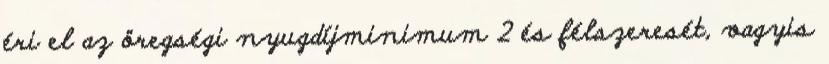
éri el az öregségi nyugdíjminimum 2 és félszeresét, vagyis